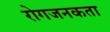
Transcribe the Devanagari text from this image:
रोगजनकता